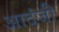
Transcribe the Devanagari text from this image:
आदंजी